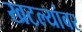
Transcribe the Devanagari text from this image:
खटल्यांवर